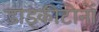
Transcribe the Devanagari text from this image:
डाइकीटोनों